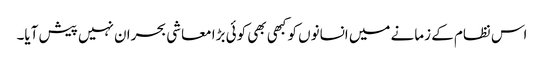
اس نظام کے زمانے میں انسانوں کو کبھی بھی کوئی بڑا معاشی بحران نہیں پیش آیا۔